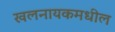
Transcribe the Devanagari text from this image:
खलनायकमधील